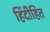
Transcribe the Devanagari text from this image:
हिंदीहित